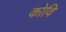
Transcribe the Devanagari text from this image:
कोवि